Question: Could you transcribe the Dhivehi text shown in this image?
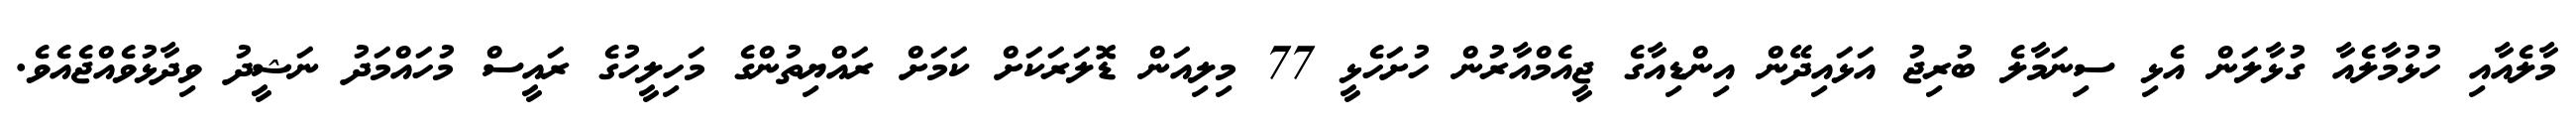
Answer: މާލެއާއި ހުޅުމާލެއާ ގުޅާލަން އެޅި ސިނަމާލެ ބުރިޖު އަޅައިދޭން އިންޑިއާގެ ޖީއެމްއާރުން ހުށަހެޅީ 77 މިލިއަން ޑޮލަރަކަށް ކަމަށް ރައްޔިތުންގެ މަހިލީހުގެ ރައީސް މުހައްމަދު ނަޝީދު ވިދާޅުވެއްޖެއެވެ.